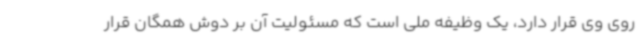
روی وی قرار دارد، یک وظیفه ملی است که مسئولیت‌ آن بر دوش همگان قرار